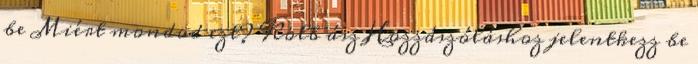
be Miért mondod ezt? Kolb ász Hozzászóláshoz jelentkezz be